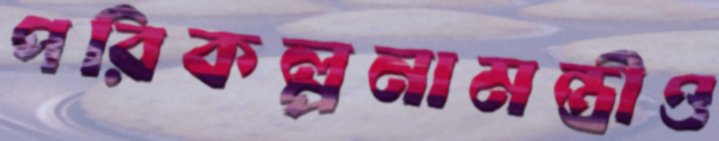
পরিকল্পনামন্ত্রীও